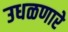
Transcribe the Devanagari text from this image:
उधळणारे